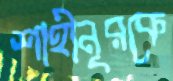
শাহীনূরকে